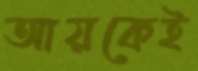
আয়কেই